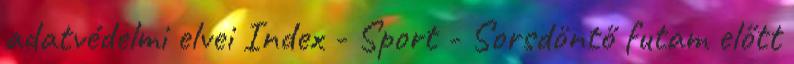
adatvédelmi elvei Index - Sport - Sorsdöntő futam előtt